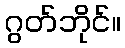
ဂွတ်ဘိုင်။